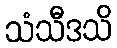
သံသီဒသိ